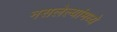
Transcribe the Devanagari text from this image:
नसलेल्यांमध्ये